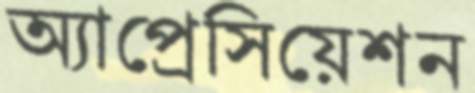
অ্যাপ্রেসিয়েশন